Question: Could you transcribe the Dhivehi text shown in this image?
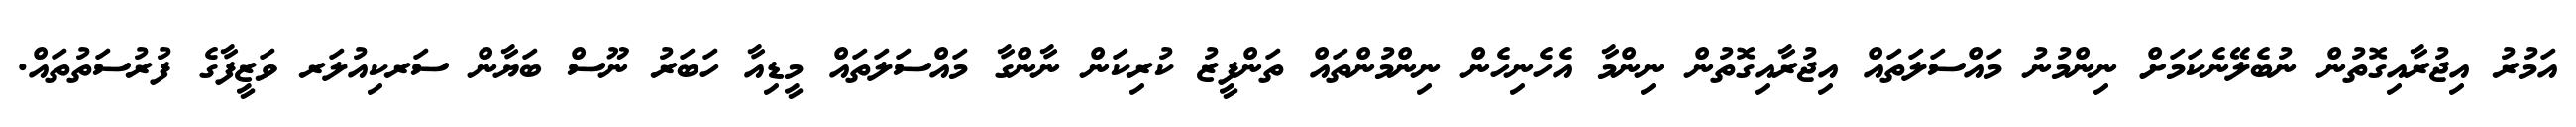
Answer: އަމުރު އިޖުރާއިގޮތުން ނުބެލޭނެކަމަށް ނިންމުނު މައްސަލަތައް އިޖުރާއިގޮތުން ނިންމާ އެހެނިހެން ނިންމުންތައް ތަންފީޒު ކުރިކަން ނާންގާ މައްސަލަތައް މީޑިއާ ހަބަރު ނޫސް ބަޔާން ސަރކިއުލަރ ވަޒީފާގެ ފުރުސަތުތައް.